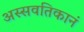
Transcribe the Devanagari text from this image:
अस्सवतिकानं